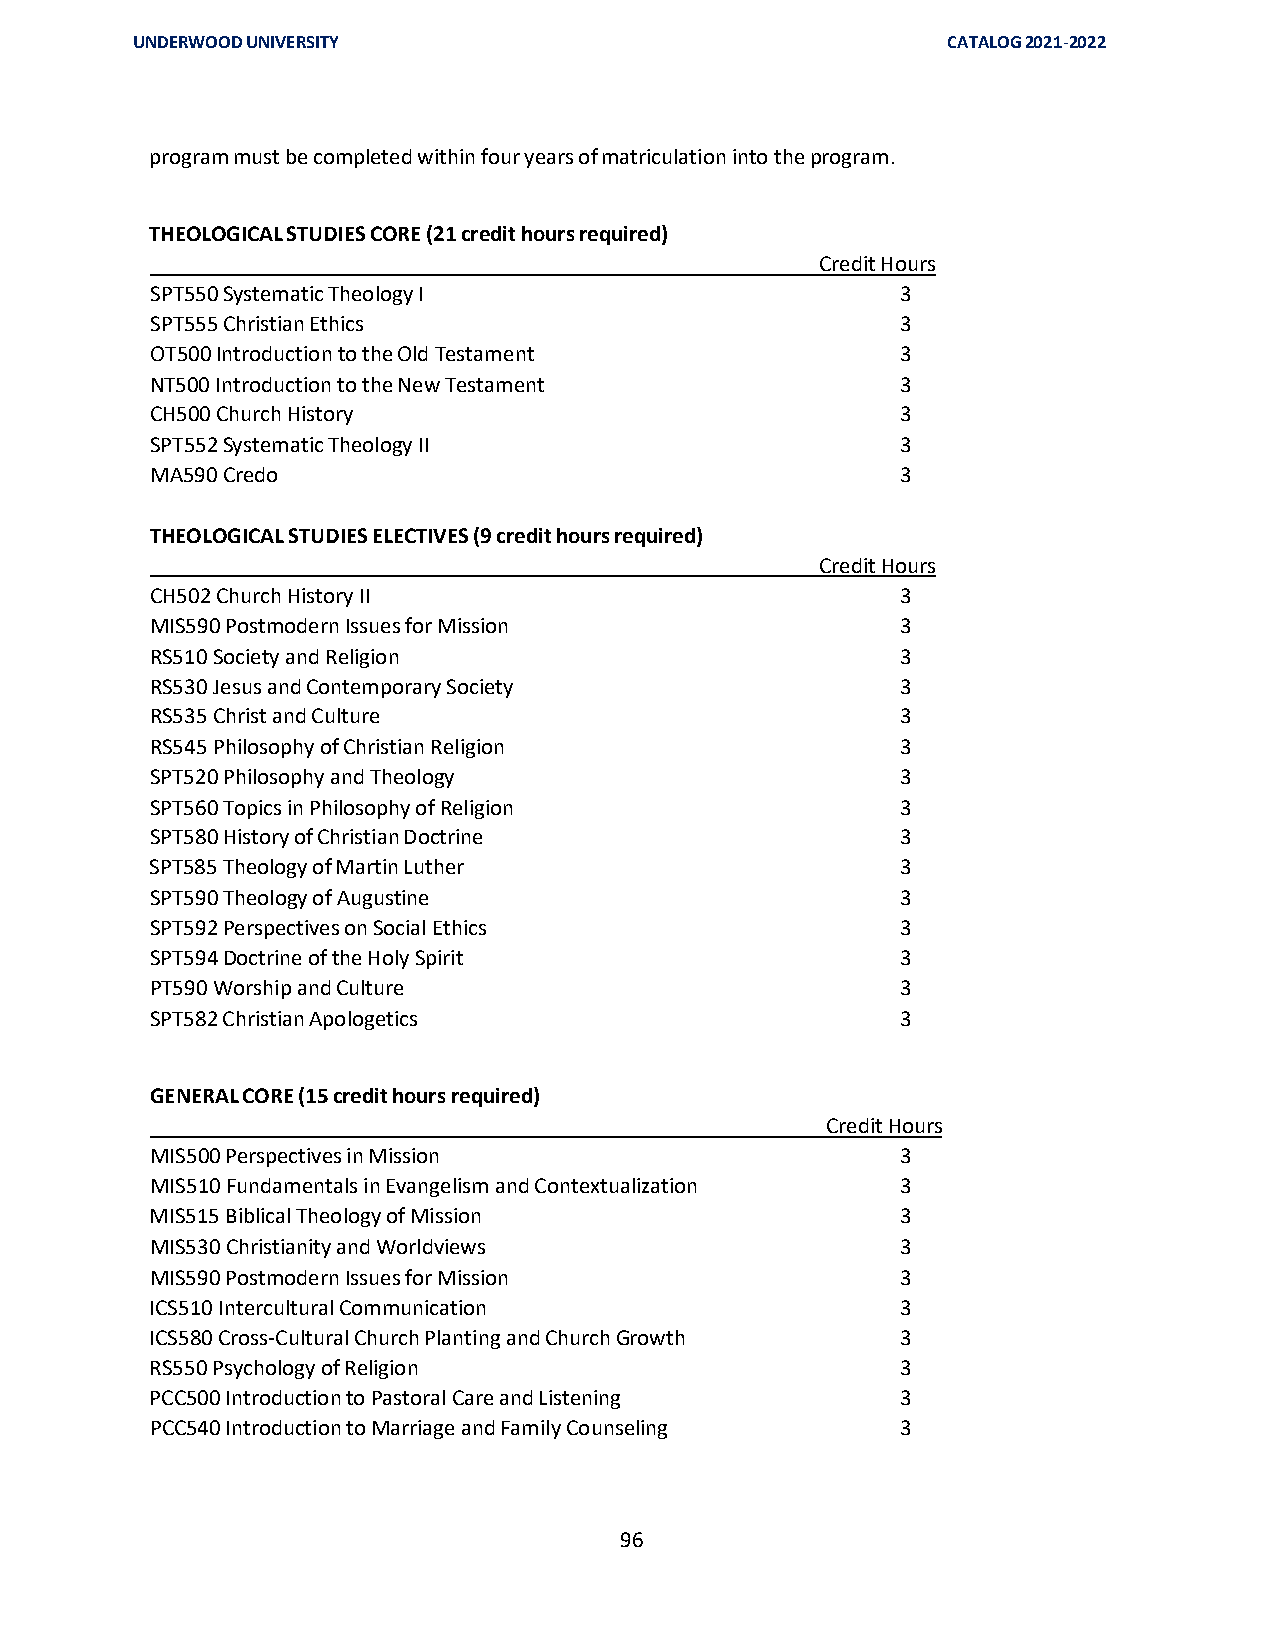
UNDERWOOD UNIVERSITY                                  CATALOG 2021-2022
 program must be completed within four years of matriculation into the program.
 THEOLOGICAL STUDIES CORE (21 credit hours required)
 Credit Hours
 SPT550 Systematic Theology I                      3
 SPT555 Christian Ethics                           3
 OT500 Introduction to the Old Testament           3
 NT500 Introduction to the New Testament           3
 CH500 Church History                              3
 SPT552 Systematic Theology II                     3
 MA590 Credo                                       3
 THEOLOGICAL STUDIES ELECTIVES (9 credit hours required)
 Credit Hours
 CH502 Church History II                           3
 MIS590 Postmodern Issues for Mission              3
 RS510 Society and Religion                        3
 RS530 Jesus and Contemporary Society              3
 RS535 Christ and Culture                          3
 RS545 Philosophy of Christian Religion            3
 SPT520 Philosophy and Theology                    3
 SPT560 Topics in Philosophy of Religion           3
 SPT580 History of Christian Doctrine              3
 SPT585 Theology of Martin Luther                  3
 SPT590 Theology of Augustine                      3
 SPT592 Perspectives on Social Ethics              3
 SPT594 Doctrine of the Holy Spirit                3
 PT590 Worship and Culture                         3
 SPT582 Christian Apologetics                      3
 GENERAL CORE (15 credit hours required)
 Credit Hours
 MIS500 Perspectives in Mission                    3
 MIS510 Fundamentals in Evangelism and Contextualization 3
 MIS515 Biblical Theology of Mission               3
 MIS530 Christianity and Worldviews                3
 MIS590 Postmodern Issues for Mission              3
 ICS510 Intercultural Communication                3
 ICS580 Cross-Cultural Church Planting and Church Growth 3
 RS550 Psychology of Religion                      3
 PCC500 Introduction to Pastoral Care and Listening 3
 PCC540 Introduction to Marriage and Family Counseling 3
 96